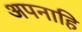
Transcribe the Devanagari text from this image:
अपनाहि